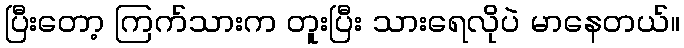
ပြီးတော့ ကြက်သားက တူးပြီး သားရေလိုပဲ မာနေတယ်။